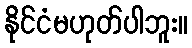
နိုင်ငံမဟုတ်ပါဘူး။